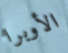
الأوبرا